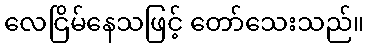
လေငြိမ်နေသဖြင့် တော်သေးသည်။